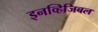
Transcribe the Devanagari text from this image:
इनव्हिजिबल